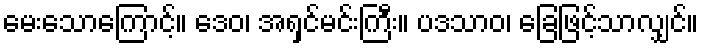
မေးသောကြောင့်။ ဒေဝ၊ အရှင်မင်းကြီး။ ပဒသာဝ၊ ခြေဖြင့်သာလျှင်။